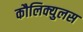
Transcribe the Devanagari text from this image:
कौलिक्युलस